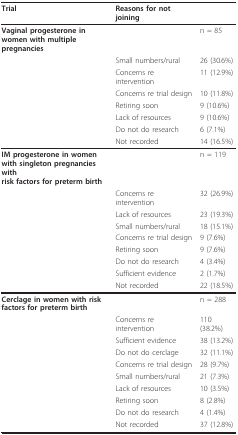
<table><thead><tr><td><b>Trial</b></td><td><b>Reasons for not joining</b></td><td></td></tr></thead><tbody><tr><td><b>Vaginal progesterone in</b><b>women with multiple</b><b>pregnancies</b></td><td></td><td>n = 85</td></tr><tr><td></td><td>Small numbers/rural</td><td>26 (30.6%)</td></tr><tr><td></td><td>Concerns re intervention</td><td>11 (12.9%)</td></tr><tr><td></td><td>Concerns re trial design</td><td>10 (11.8%)</td></tr><tr><td></td><td>Retiring soon</td><td>9 (10.6%)</td></tr><tr><td></td><td>Lack of resources</td><td>9 (10.6%)</td></tr><tr><td></td><td>Do not do research</td><td>6 (7.1%)</td></tr><tr><td></td><td>Not recorded</td><td>14 (16.5%)</td></tr><tr><td><b>IM progesterone in women</b><b>with singleton pregnancies with</b><b>risk factors for preterm birth</b></td><td></td><td>n = 119</td></tr><tr><td></td><td>Concerns re intervention</td><td>32 (26.9%)</td></tr><tr><td></td><td>Lack of resources</td><td>23 (19.3%)</td></tr><tr><td></td><td>Small numbers/rural</td><td>18 (15.1%)</td></tr><tr><td></td><td>Concerns re trial design</td><td>9 (7.6%)</td></tr><tr><td></td><td>Retiring soon</td><td>9 (7.6%)</td></tr><tr><td></td><td>Do not do research</td><td>4 (3.4%)</td></tr><tr><td></td><td>Sufficient evidence</td><td>2 (1.7%)</td></tr><tr><td></td><td>Not recorded</td><td>22 (18.5%)</td></tr><tr><td><b>Cerclage in women with risk</b><b>factors for preterm birth</b></td><td></td><td>n = 288</td></tr><tr><td></td><td>Concerns re intervention</td><td>110 (38.2%)</td></tr><tr><td></td><td>Sufficient evidence</td><td>38 (13.2%)</td></tr><tr><td></td><td>Do not do cerclage</td><td>32 (11.1%)</td></tr><tr><td></td><td>Concerns re trial design</td><td>28 (9.7%)</td></tr><tr><td></td><td>Small numbers/rural</td><td>21 (7.3%)</td></tr><tr><td></td><td>Lack of resources</td><td>10 (3.5%)</td></tr><tr><td></td><td>Retiring soon</td><td>8 (2.8%)</td></tr><tr><td></td><td>Do not do research</td><td>4 (1.4%)</td></tr><tr><td></td><td>Not recorded</td><td>37 (12.8%)</td></tr></tbody></table>